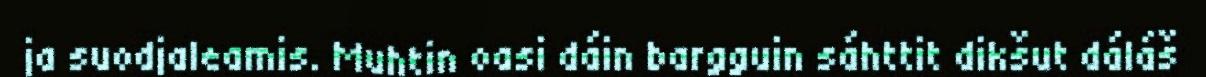
ja suodjaleamis. Muhtin oasi dáin bargguin sáhttit dikšut dáláš